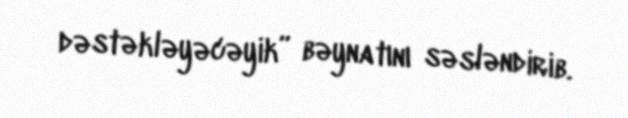
dəstəkləyəcəyik” bəynatını səsləndirib.